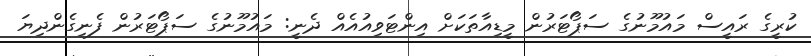
ކުރީގެ ރައީސް މައުމޫނުގެ ސަޕޯޓަރުން މީޑިއާތަކަށް އިންޓަވިއުއެއް ދެނީ: މައުމޫނުގެ ސަޕޯޓަރުން ފެނިގެންދިޔަ